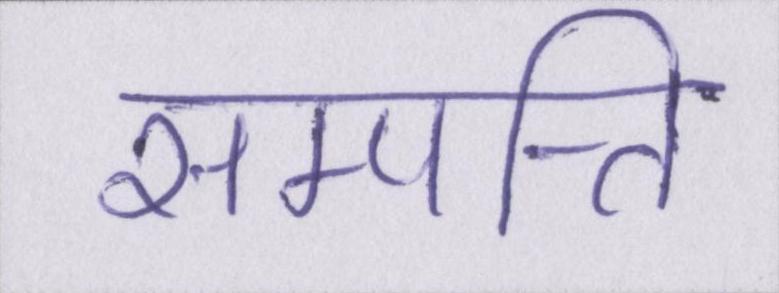
सम्पत्ति